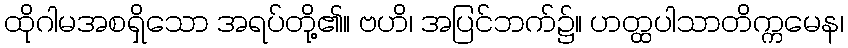
ထိုဂါမအစရှိသော အရပ်တို့၏။ ဗဟိ၊ အပြင်ဘက်၌။ ဟတ္ထပါသာတိက္ကမေန၊